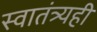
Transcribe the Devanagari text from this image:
स्वातंत्र्यही